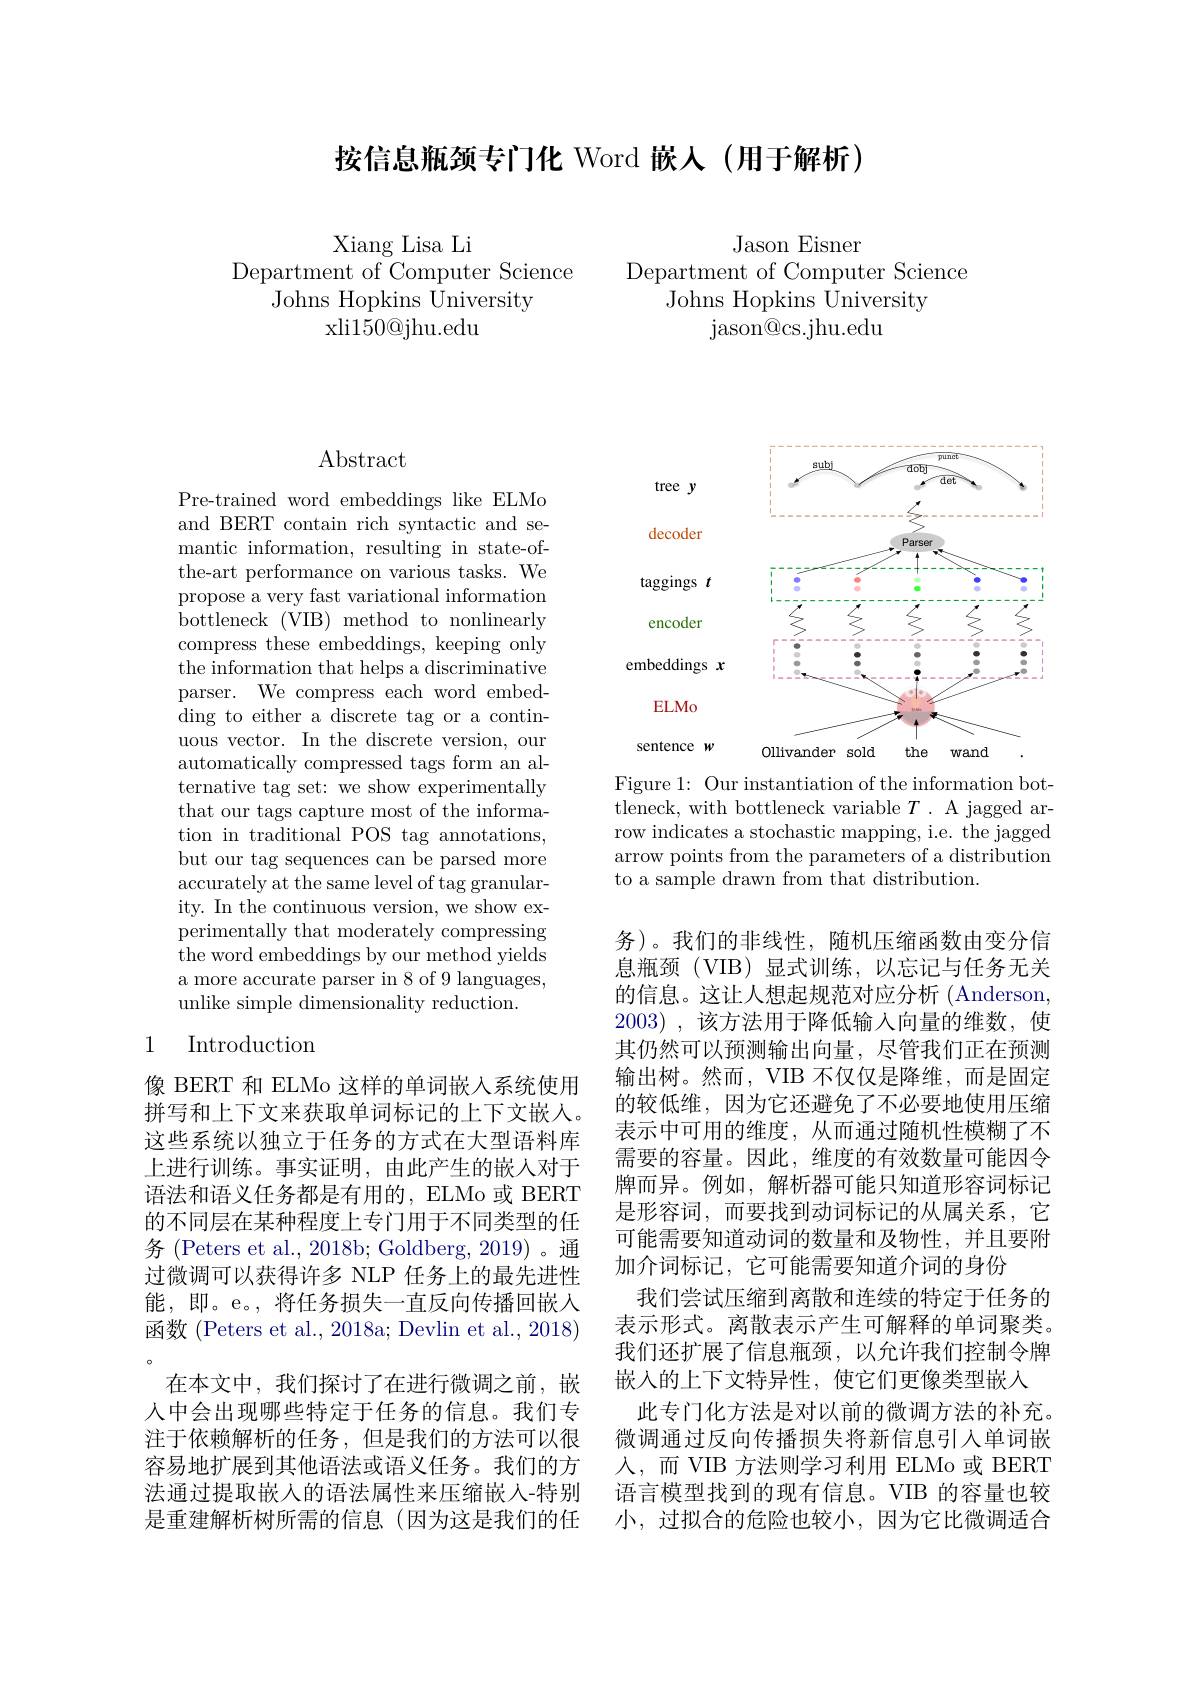
按信息瓶颈专门化 Word 嵌人(用于解析)

Xiang Lisa Li
Department of Computer Science
Johns Hopkins University
xli$150@$jhu.edu

Jason Eisner
Department of Computer Science
Johns Hopkins University
jason@ cs. jhu. edu

$\operatorname{Abstract}$

Pre-trained word embeddings like ELMo and BERT contain rich syntactic and semantic information, resulting in state-ofthe-art performance on various tasks. We propose a very fast variational information bottleneck (VIB) method to nonlinearly compress these embeddings, keeping only the information that helps a discriminative parser. We compress each word embedding to either a discrete tag or a continuous vector. In the discrete version, our automatically compressed tags form an alternative tag set: we show experimentally that our tags capture most of the information in traditional POS tag annotations, but our tag sequences can be parsed more accurately at the same level of tag granularity. In the continuous version, we show experimentally that moderately compressing the word embeddings by our method yields a more accurate parser in 8 of 9 languages, unlike simple dimensionality reduction.

## 1 Introduction

像 BERT 和 ELMo 这样的单词嵌入系统使用拼写和上下文来获取单词标记的上下文嵌人。这些系统以独立于任务的方式在大型语料库上进行训练。事实证明，由此产生的嵌人对于语法和语义任务都是有用的，ELMo 或 BERT 的不同层在某种程度上专门用于不同类型的任务 (Peters et al., 2018b; Goldberg, 2019)。通过微调可以获得许多 NLP 任务上的最先进性能，即。e。,将任务损失一直反向传播回嵌入$函数($Peters et al., 2018a; Devlin et al., 2018) 在本文中，我们探讨了在进行微调之前，嵌人中会出现哪些特定于任务的信息。我们专注于依赖解析的任务，但是我们的方法可以很容易地扩展到其他语法或语义任务。我们的方法通过提取嵌人的语法属性来压缩嵌入-特别是重建解析树所需的信息(因为这是我们的任

<FigureHere>

Figure 1: Our instantiation of the information bottleneck, with bottleneck variable $T.$ A jagged arrow indicates a stochastic mapping, i.e. the jagged arrow points from the parameters of a distribution to a sample drawn from that distribution.

务)。我们的非线性，随机压缩函数由变分信息瓶颈(VIB)显式训练，以忘记与任务无关的信息。这让人想起规范对应分析 (Anderson, 2003),该方法用于降低输入向量的维数，使其仍然可以预测输出向量，尽管我们正在预测输出树。然而，VIB 不仅仅是降维，而是固定的较低维，因为它还避免了不必要地使用压缩表示中可用的维度，从而通过随机性模糊了不需要的容量。因此，维度的有效数量可能因令牌而异。例如，解析器可能只知道形容词标记是形容词，而要找到动词标记的从属关系，它可能需要知道动词的数量和及物性，并且要附加介词标记，它可能需要知道介词的身份
我们尝试压缩到离散和连续的特定于任务的表示形式。离散表示产生可解释的单词聚类。我们还扩展了信息瓶颈，以允许我们控制令牌嵌入的上下文特异性，使它们更像类型嵌人
此专门化方法是对以前的微调方法的补充。微调通过反向传播损失将新信息引入单词嵌入，而 VIB 方法则学习利用 ELMo 或 BERT 语言模型找到的现有信息。VIB 的容量也较小，过拟合的危险也较小，因为它比微调适合